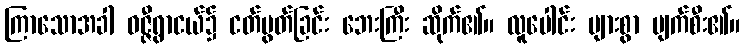
ကြာသောအခါ ဝဇ္ဇီရွာငယ်၌ ငတ်မွတ်ခြင်း ဘေးကြီး ဆိုက်၏။ လူပေါင်း များစွာ ပျက်စီး၏။